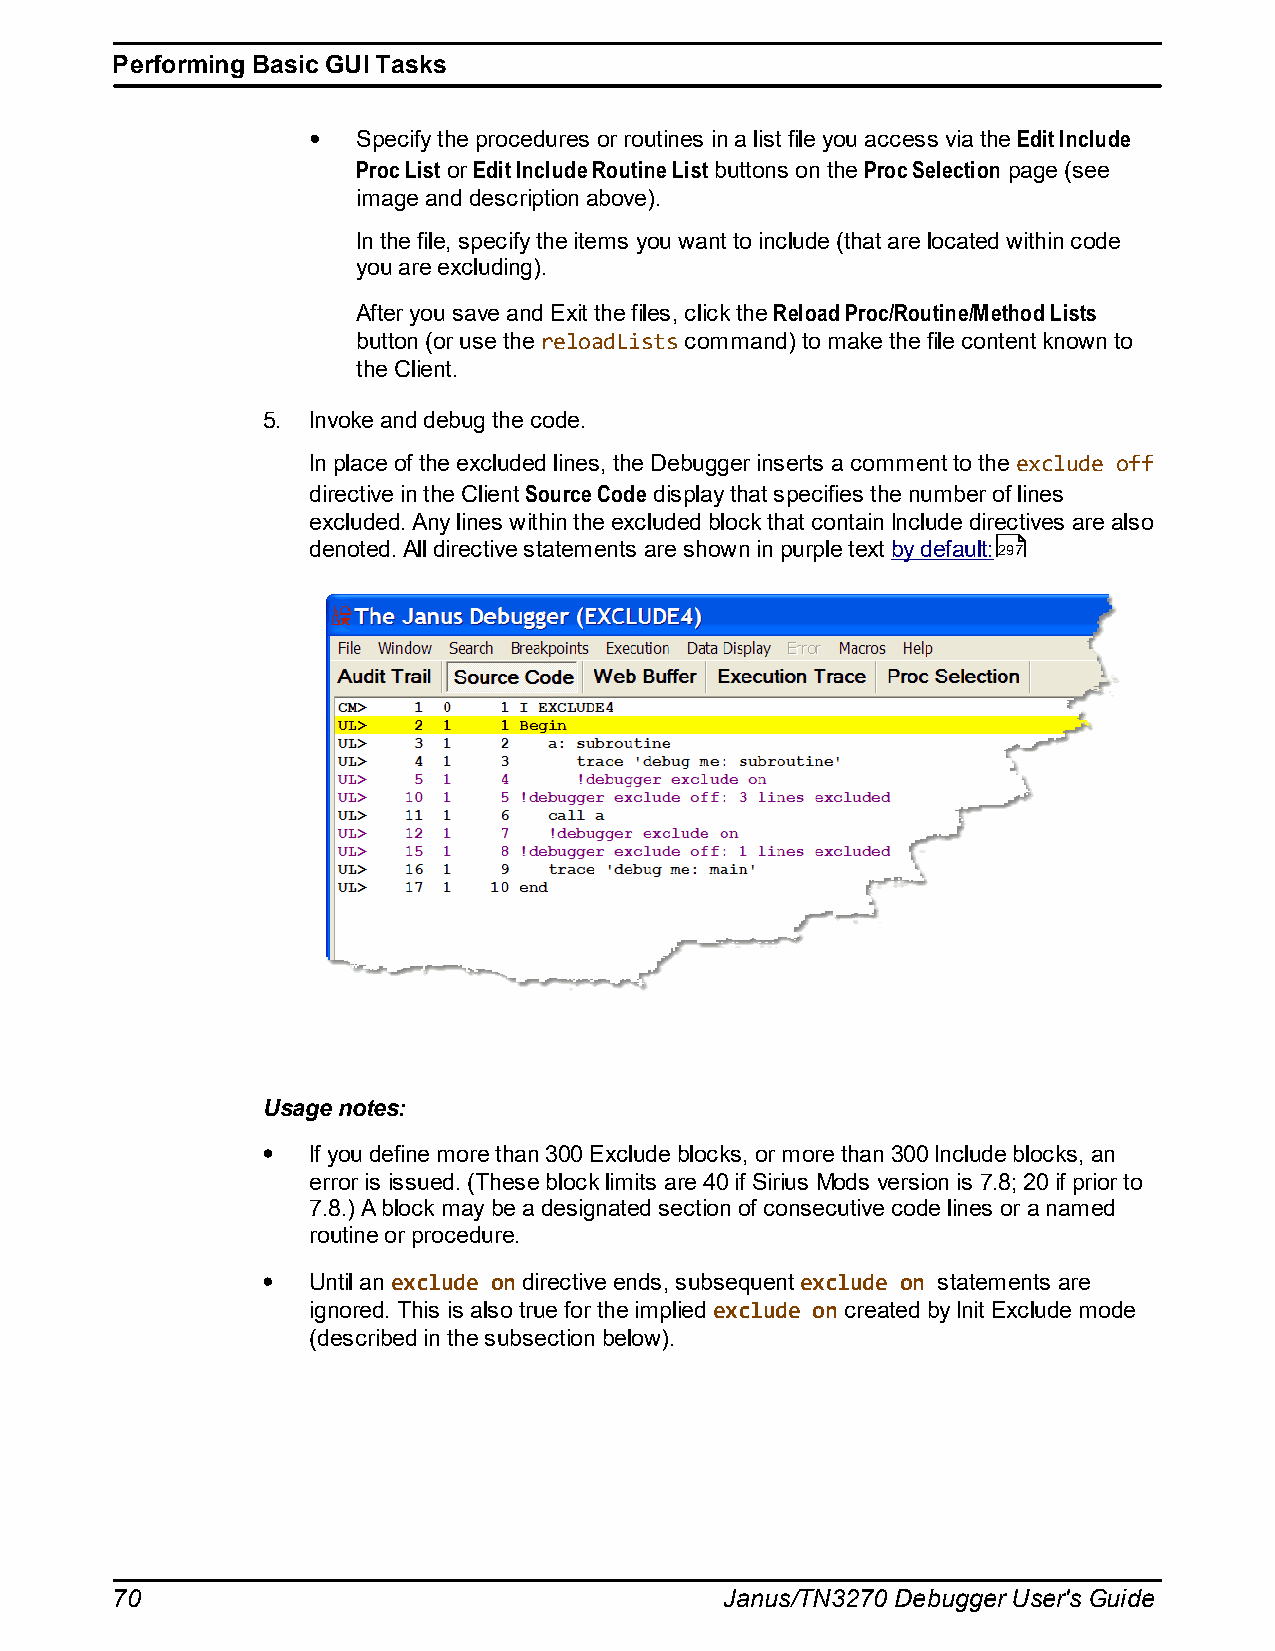
Performing Basic GUI Tasks
 Specify the procedures or routines in a list file you access via the Edit Include
 Proc List or Edit Include Routine List buttons on the Proc Selection page (see
 image and description above).
 In the file, specify the items you want to include (that are located within code
 you are excluding).
 After you save and Exit the files, click the Reload Proc/Routine/Method Lists
 button (or use the reloadLists command) to make the file content known to
 the Client.
 5. Invoke and debug the code.
 In place of the excluded lines, the Debugger inserts a comment to the exclude off
 directive in the Client Source Code display that specifies the number of lines
 excluded. Any lines within the excluded block that contain Include directives are also
 denoted. All directive statements are shown in purple text by default:297
 Usage notes:
 If you define more than 300 Exclude blocks, or more than 300 Include blocks, an
 error is issued. (These block limits are 40 if Sirius Mods version is 7.8; 20 if prior to
 7.8.) A block may be a designated section of consecutive code lines or a named
 routine or procedure.
 Until an exclude on directive ends, subsequent exclude on statements are
 ignored. This is also true for the implied exclude on created by Init Exclude mode
 (described in the subsection below).
 70                                       Janus/TN3270 Debugger User's Guide